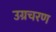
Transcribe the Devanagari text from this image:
उग्रचरण